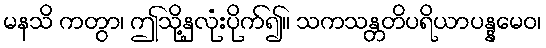
မနသိ ကတွာ၊ ဤသို့နှလုံးပိုက်၍။ သကသန္တတိပရိယာပန္နမေဝ၊